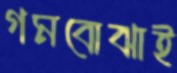
গমবোঝাই